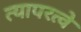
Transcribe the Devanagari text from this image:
त्यापरत्वे